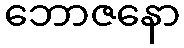
ဘောဇနော